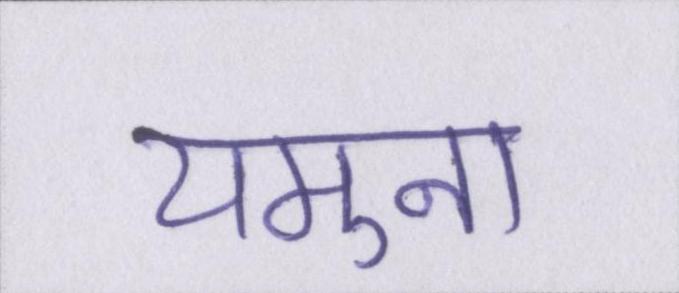
यमुना